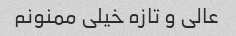
عالی و تازه خیلی ممنونم